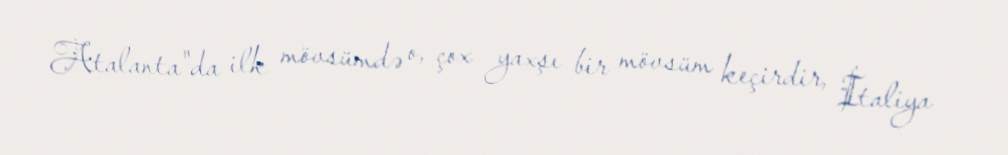
Atalanta"da ilk mövsümdə o, çox yaxşı bir mövsüm keçirdir, İtaliya